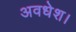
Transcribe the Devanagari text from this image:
अवधेश।